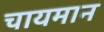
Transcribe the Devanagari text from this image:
चायमान